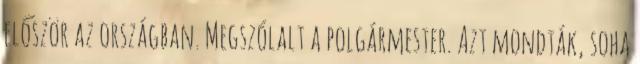
először az országban. Megszólalt a polgármester. Azt mondták, soha